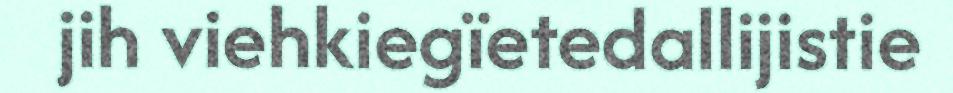
jih viehkiegïetedallijistie